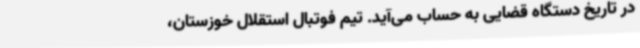
در تاریخ دستگاه قضایی به حساب می‌آید. تیم فوتبال استقلال خوزستان،